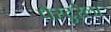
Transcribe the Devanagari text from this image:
पैस्टुरेला